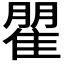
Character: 𮥾